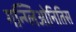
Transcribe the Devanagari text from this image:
गन्ग्लिओनितिस